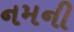
નમની